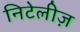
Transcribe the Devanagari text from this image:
निटेलीज़